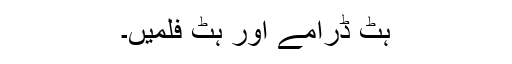
ہٹ ڈرامے اور ہٹ فلمیں۔